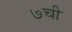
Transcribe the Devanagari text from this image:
७ची